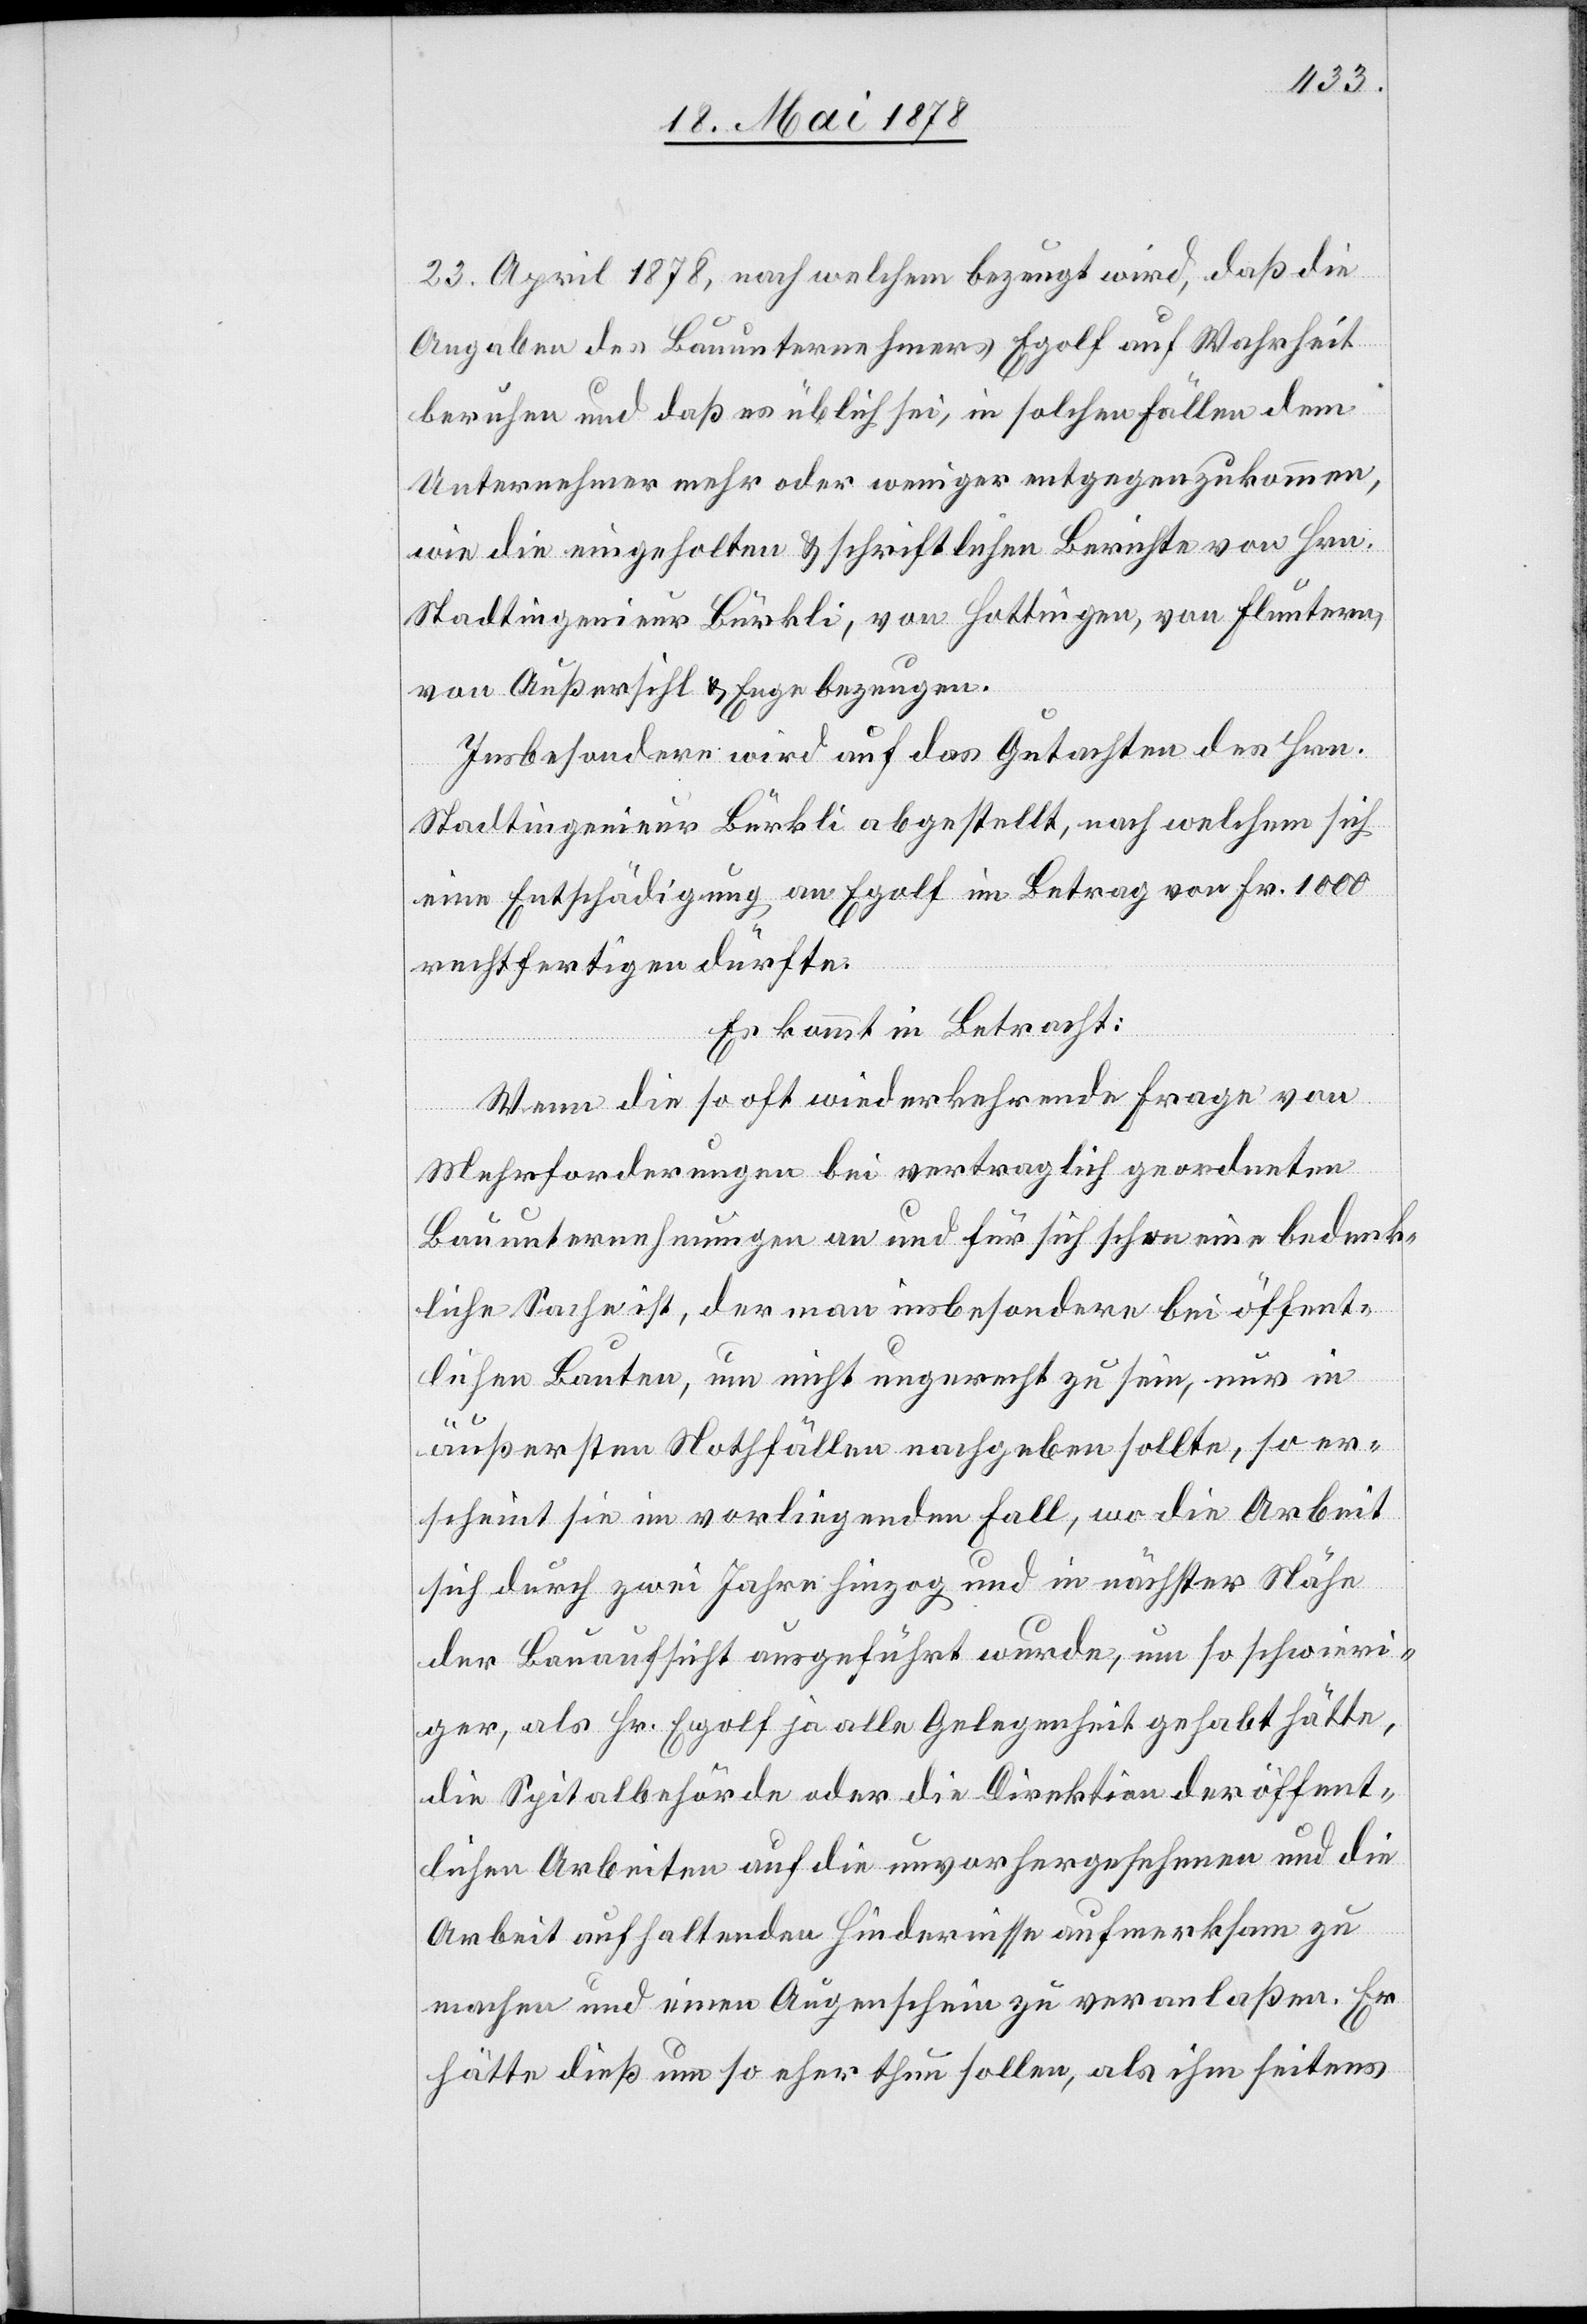
23. April 1878, nach welchem bezeugt wird, daß die
Angaben des Bauunternehmers Egolf auf Wahrheit
beruhen und daß es üblich sei, in solchen Fällen dem
Unternehmer mehr oder weniger entgegenzukommen,
wie die eingeholten & schriftlichen Berichte von Hrn.
Stadtingenieur Bürkli, von Hottingen, von Fluntern,
von Außersihl & Enge bezeugen.
Insbesondere wird auf das Gutachten des Hrn.
Stadtingenieur Bürkli abgestellt, nach welchem sich
eine Entschädigung an Egolf im Betrag von Fr. 1000
rechtfertigen dürfte.
Es kommt in Betracht:
Wenn die so oft wiederkehrende Frage von
Mehrforderungen bei vertraglich geordneten
Bauunternehmungen an und für sich schon eine bedenk¬
liche Sache ist, der man insbesondere bei öffent¬
lichen Bauten, um nicht ungerecht zu sein, nur in
äußersten Nothfällen nachgeben sollte, so er¬
scheint sie im vorliegenden Fall, wo die Arbeit
sich durch zwei Jahre hinzog und in nächster Nähe
der Bauaufsicht ausgeführt wurde, um so schwieri¬
ger, als Hr. Egolf ja alle Gelegenheit gehabt hätte,
die Spitalbehörde oder die Direktion der öffent¬
lichen Arbeiten auf die unvorhergesehenen und die
Arbeit aufhaltende Hindernisse aufmerksam zu
machen und einen Augenschein zu veranlaßen. Er
hätte dieß um so eher thun sollen, als ihm seitens